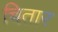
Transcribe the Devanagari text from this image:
चितार